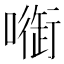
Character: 𠾑